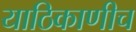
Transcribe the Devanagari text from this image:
याठिकाणीच